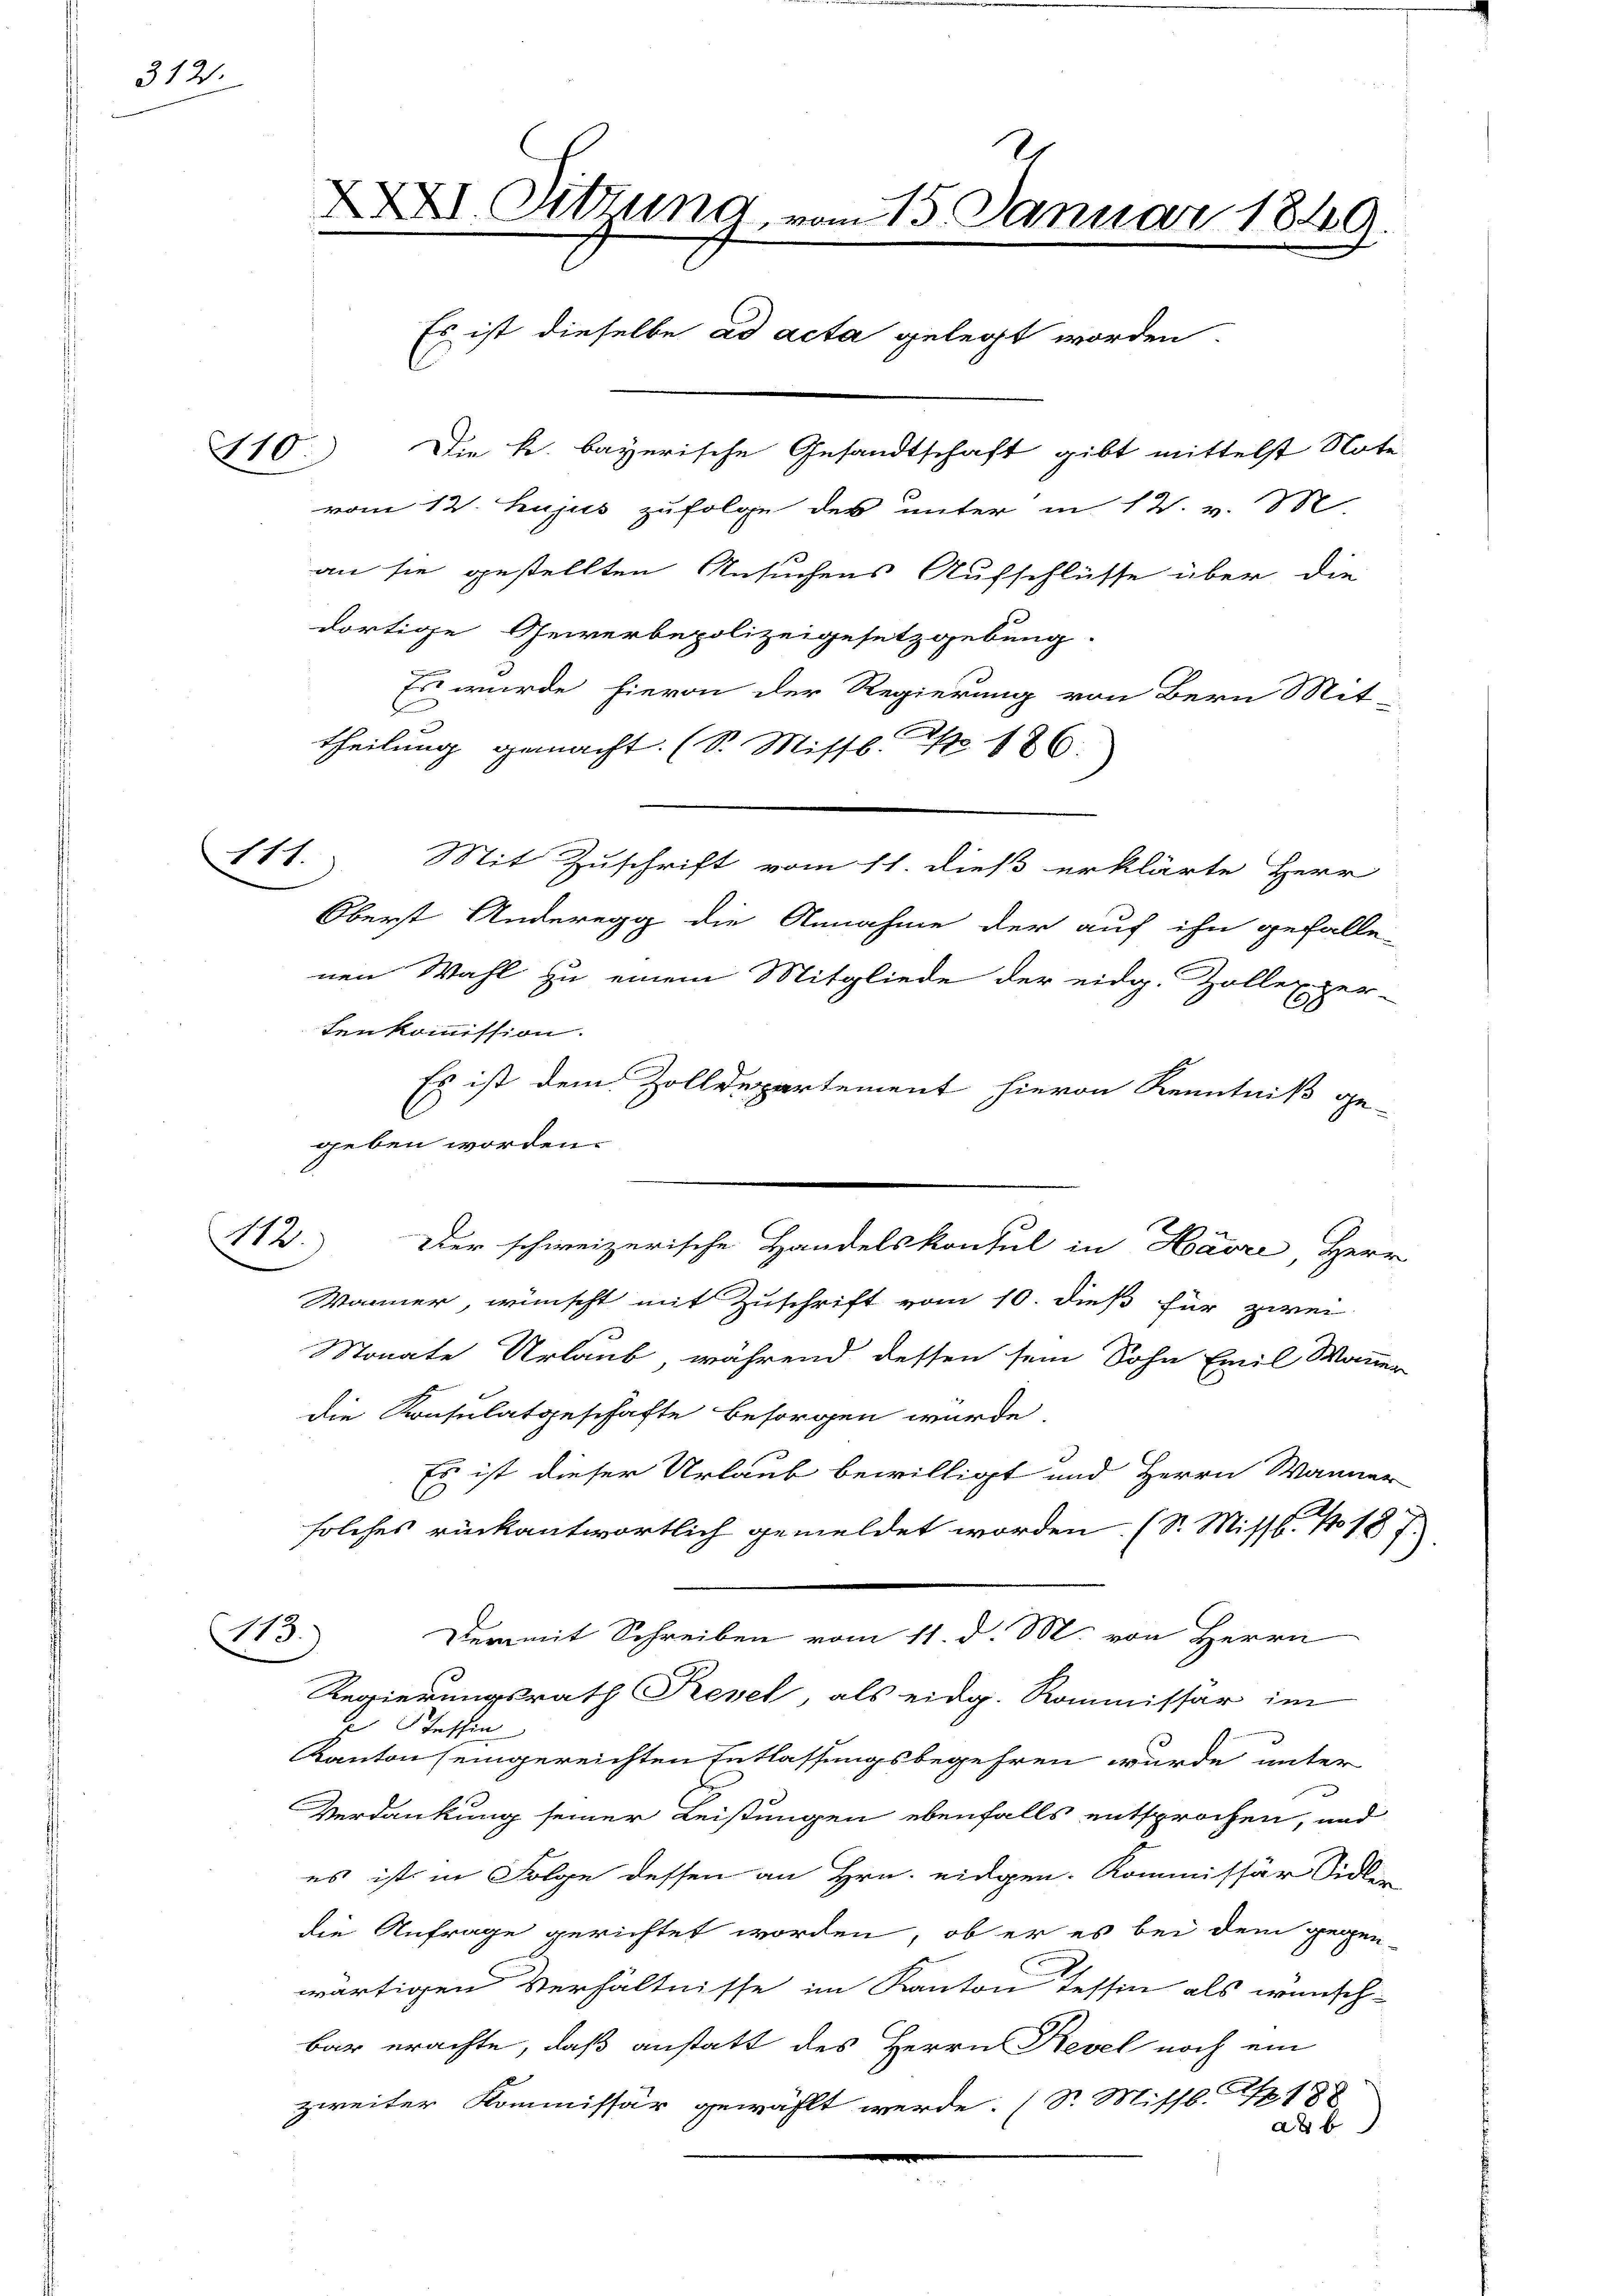
312.

13.)

an sie gestellten Ansuchens Aufschlüsse über die
dortige Gewerbepolizeigesetzgebung.
Es wurde hievon der Regierung von Bern Mit-
theilung gemacht. (S. Missb. Nr. 186.
111. Mit Zuschrift vom 11. dieß erklärte Herr
Oberst Anderegg die Annahme der auf ihn gefalle-
nen Wahl zu einem Mitgliede der eidg. Zollexzer-
tenkommission.
Es ist dem Zolldepartement hievon Kenntniß ge-
C
geben worden.
Männer, wünscht mit Zuschrift vom 10. dieß für zwei
Monate Urlaub, während dessen sein Sohn Emil Manner
die Konsulatgeschäfte besorgen wurde.
Es ist dieser Urlaub bewilligt und Herrn Wanner
solches rückantwortlich gemeldet worden. (S. Missb. No 187
13.)
Dermit Schreiben vom 11. d. M. von Herrn
Regierungsrath Prevel, als eidg. Kommissär im
2 Steffin
Kanton (eingereichten Entlassungsbegehren wurde unter
Verdankung seiner Leistungen ebenfalls entsprochen, und
es ist in Folge dessen an Hrn. eingen. Kommissär Sidler
die Anfrage gerichtet worden, ob er es bei dem gegen-
wärtigen Verhältnisse im Kanton Tessin als wünsch-
bar erachte, daß anstatt des Herrn Revel noch ein
zweiter Kommissär gewählt werde. (S. Missb. S. 188
d

XXVI. Sitzung, vom 15. Januar 1849.
Es ist dieselbe ad acta gelegt worden.
210. Die k. bayerische Gesandtschaft gibt mittelst Note
vom 12. hujus zufolge des unter in 12. v. M.

Der schweizerische Handelskonsul in Havre, Herr